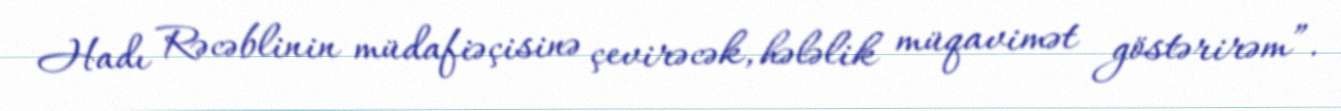
Hadı Rəcəblinin müdafiəçisinə çevirəcək, hələlik müqavimət göstərirəm”.